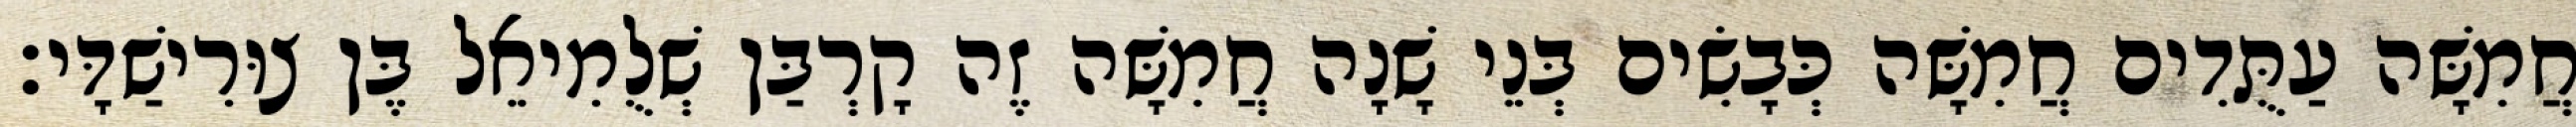
חֲמִשָּׁה עַתֻּדִים חֲמִשָּׁה כְּבָשִׂים בְּנֵי שָׁנָה חֲמִשָּׁה זֶה קָרְבַּן שְׁלֻמִיאֵל בֶּן צוּרִישַׁדָּי׃